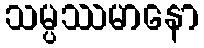
သမ္ပဿမာနော